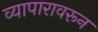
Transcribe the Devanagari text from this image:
व्यापारावरून